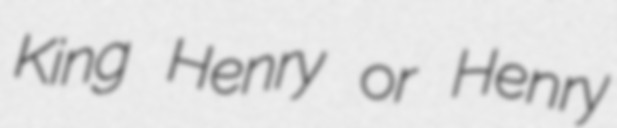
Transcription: King Henry or Henry